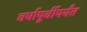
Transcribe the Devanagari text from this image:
वर्षापूर्वीपर्यंत